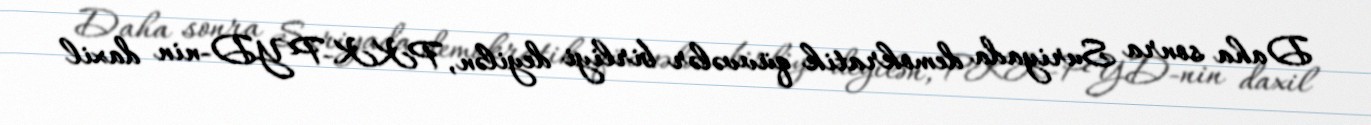
Daha sonra Suriyada demokratik qüvvələr birliyi deyilən, PKK-PYD-nin daxil